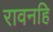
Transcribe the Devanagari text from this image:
रावनहि